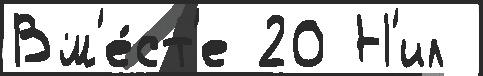
Вм'е́ст'е 20 Н'ил